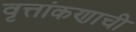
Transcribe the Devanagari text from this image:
वृत्तांकणाची